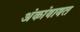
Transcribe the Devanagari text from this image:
अंकांबाबत